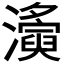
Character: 𤃚